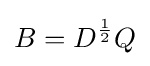
B=D^{\frac {1}{2}}Q